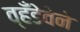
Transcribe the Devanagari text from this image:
व्हँडेवेने